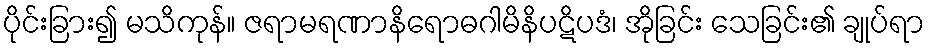
ပိုင်းခြား၍ မသိကုန်။ ဇရာမရဏာနိရောဓဂါမိနိပဋိပဒံ၊ အိုခြင်း သေခြင်း၏ ချုပ်ရာ